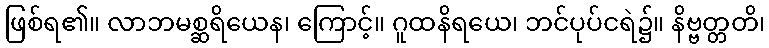
ဖြစ်ရ၏။ လာဘမစ္ဆရိယေန၊ ကြောင့်။ ဂူထနိရယေ၊ ဘင်ပုပ်ငရဲ၌။ နိဗ္ဗတ္တတိ၊